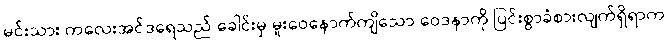
မင်းသား ကလေးအင်ဒရေသည် ခေါင်းမှ မူးဝေနောက်ကျိသော ဝေဒနာကို ပြင်းစွာခံစားလျက်ရှိရာက